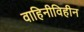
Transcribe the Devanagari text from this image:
वाहिनीविहीन